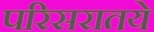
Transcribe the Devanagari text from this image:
परिसरातये